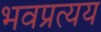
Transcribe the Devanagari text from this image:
भवप्रत्यय